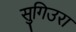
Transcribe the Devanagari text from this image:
सुगिउरा